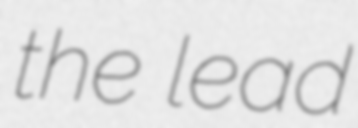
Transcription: the lead